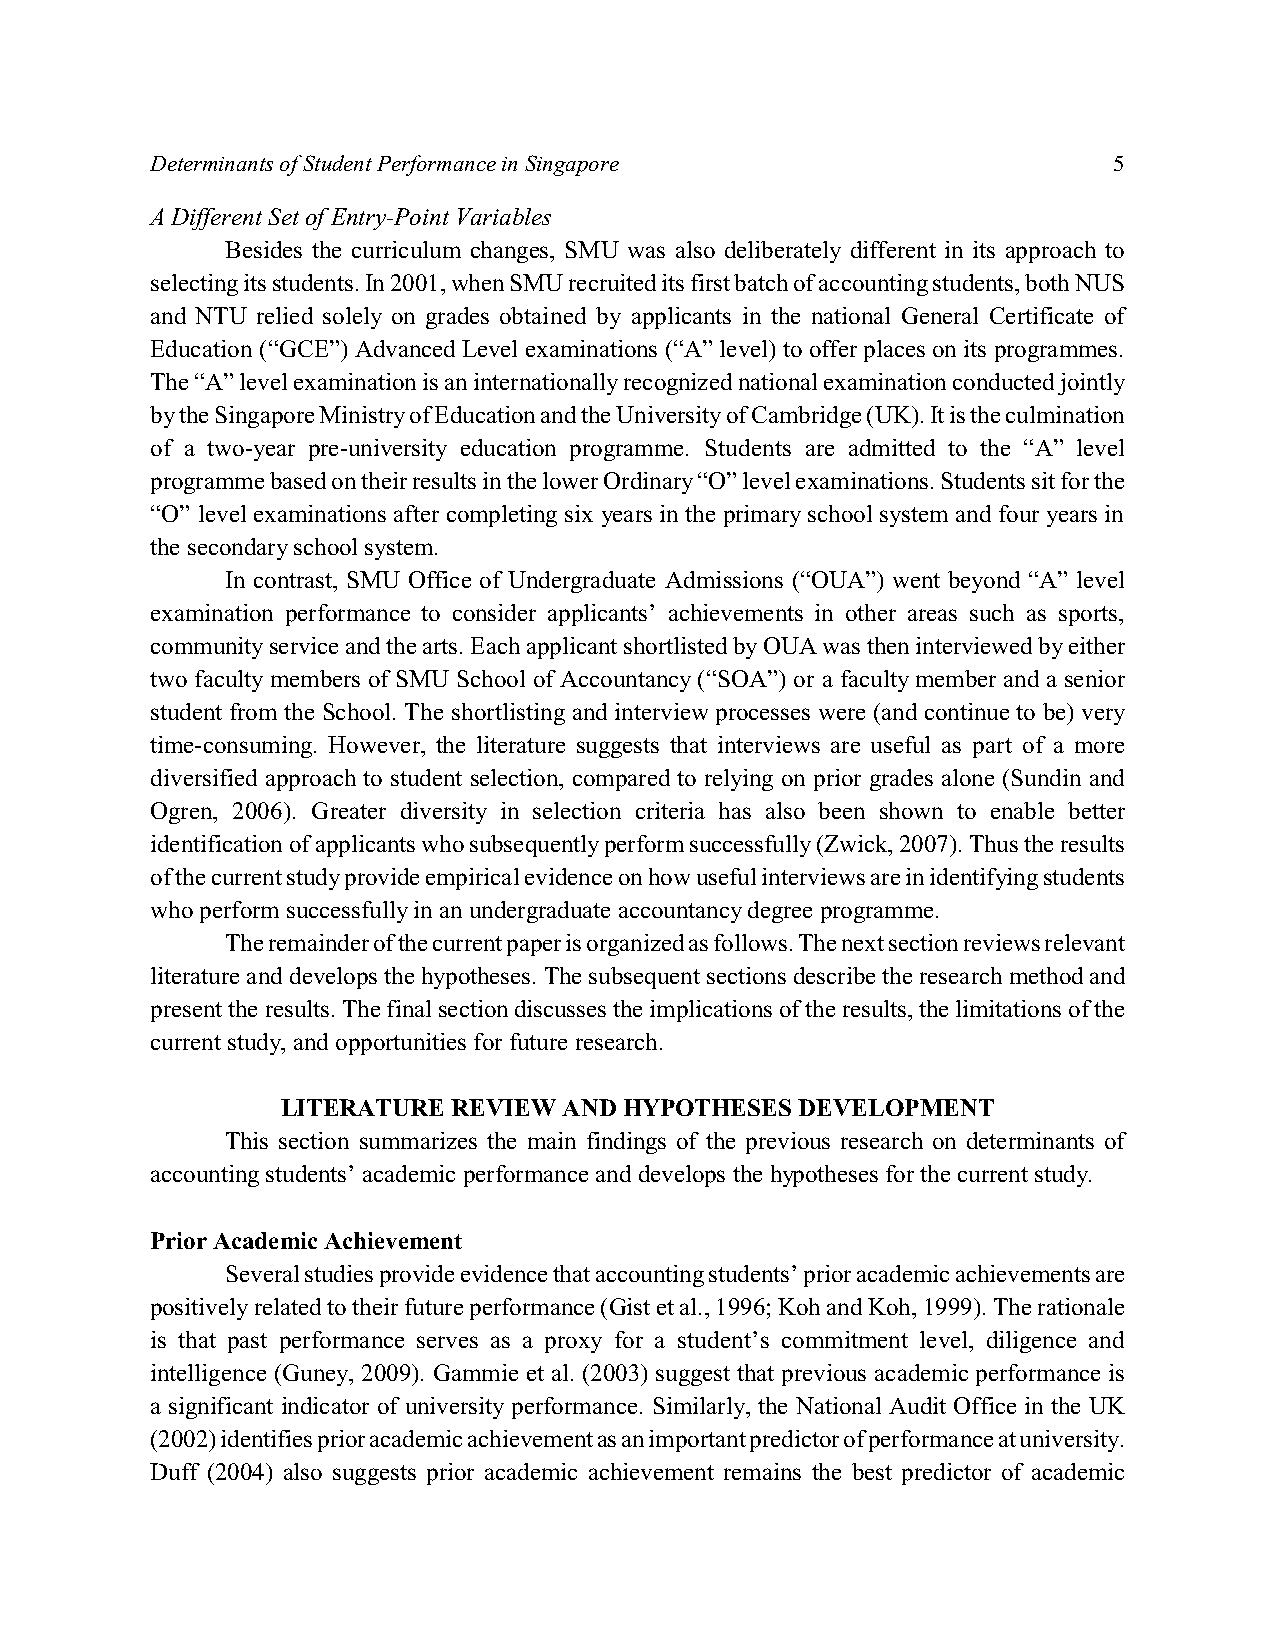
Determinants of Student Performance in Singapore                5
 A Different Set of Entry-Point Variables
 Besides the curriculum changes, SMU was also deliberately different in its approach to
 selecting its students. In 2001, when SMU recruited its first batch of accounting students, both NUS
 and NTU relied solely on grades obtained by applicants in the national General Certificate of
 Education (“GCE”) Advanced Level examinations (“A” level) to offer places on its programmes.
 The “A” level examination is an internationally recognized national examination conducted jointly
 by the Singapore Ministry of Education and the University of Cambridge (UK). It is the culmination
 of a two-year pre-university education programme. Students are admitted to the “A” level
 programme based on their results in the lower Ordinary “O” level examinations. Students sit for the
 “O” level examinations after completing six years in the primary school system and four years in
 the secondary school system.
 In contrast, SMU Office of Undergraduate Admissions (“OUA”) went beyond “A” level
 examination performance to consider applicants’ achievements in other areas such as sports,
 community service and the arts. Each applicant shortlisted by OUA was then interviewed by either
 two faculty members of SMU School of Accountancy (“SOA”) or a faculty member and a senior
 student from the School. The shortlisting and interview processes were (and continue to be) very
 time-consuming. However, the literature suggests that interviews are useful as part of a more
 diversified approach to student selection, compared to relying on prior grades alone (Sundin and
 Ogren, 2006). Greater diversity in selection criteria has also been shown to enable better
 identification of applicants who subsequently perform successfully (Zwick, 2007). Thus the results
 of the current study provide empirical evidence on how useful interviews are in identifying students
 who perform successfully in an undergraduate accountancy degree programme.
 The remainder of the current paper is organized as follows. The next section reviews relevant
 literature and develops the hypotheses. The subsequent sections describe the research method and
 present the results. The final section discusses the implications of the results, the limitations of the
 current study, and opportunities for future research.
 LITERATURE REVIEW AND HYPOTHESES  DEVELOPMENT
 This section summarizes the main findings of the previous research on determinants of
 accounting students’ academic performance and develops the hypotheses for the current study.
 Prior Academic Achievement
 Several studies provide evidence that accounting students’ prior academic achievements are
 positively related to their future performance (Gist et al., 1996; Koh and Koh, 1999). The rationale
 is that past performance serves as a proxy for a student’s commitment level, diligence and
 intelligence (Guney, 2009). Gammie et al. (2003) suggest that previous academic performance is
 a significant indicator of university performance. Similarly, the National Audit Office in the UK
 (2002) identifies prior academic achievement as an important predictor of performance at university.
 Duff (2004) also suggests prior academic achievement remains the best predictor of academic